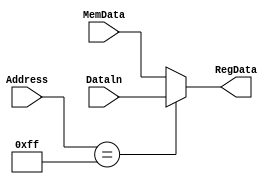
//LW
module LW (input[7:0] Address, MemData, Dataln, output reg[7:0] RegData);
	always@(*)
		begin
			if(Address == 8'hFF )
				RegData[7:0] = Dataln[7:0];
			else
				RegData[7:0] = MemData[7:0];
		end
endmodule

/*

module LW (input [7:0]Address, MemData, Dataln, output reg[7:0] RegData);
	wire selecao;
	assign sel= (Address== 8'hFF )?1:0;
	always@(*)
		begin
			if(selecao == 1)
				RegData[7:0] = Dataln{7:0};
			else
				RegData{7:0} = MemData[7:0]};
		end
endmodule
*/